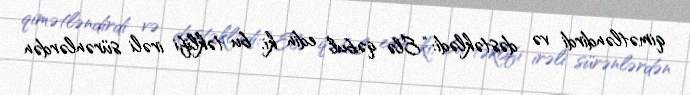
qimətləndirdi və dəstəklədi: “Elə qəbul edin ki, bu təklifi irəli sürənlərdən